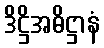
ဒိဋ္ဌိအဓိဋ္ဌာနံ